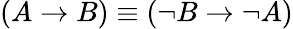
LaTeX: (A\to B)\equiv(\neg B\to\neg A)